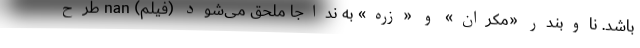
باشد. ناوبندر «مکران» و «زره» به نداجا ملحق می‌شود (فیلم) nan طرح